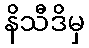
နိသီဒိမှ